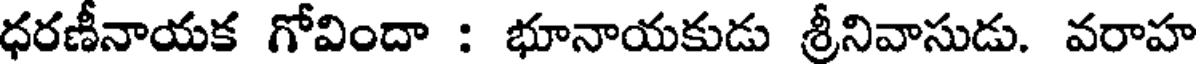
ధరణీనాయక గోవిందా : భూనాయకుడు శ్రీనివాసుడు. వరాహ